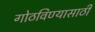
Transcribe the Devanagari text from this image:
गोठविण्यासाठी